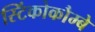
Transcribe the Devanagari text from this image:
स्टिंकोकौम्बे